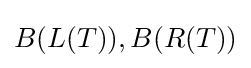
B(L(T)),B(R(T))